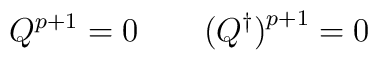
Q^{p+1} = 0 \qquad \bigl(Q^{\dagger}\bigr)^{p+1} = 0